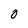
Character: 0